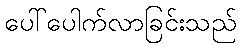
ပေါ်ပေါက်လာခြင်းသည်